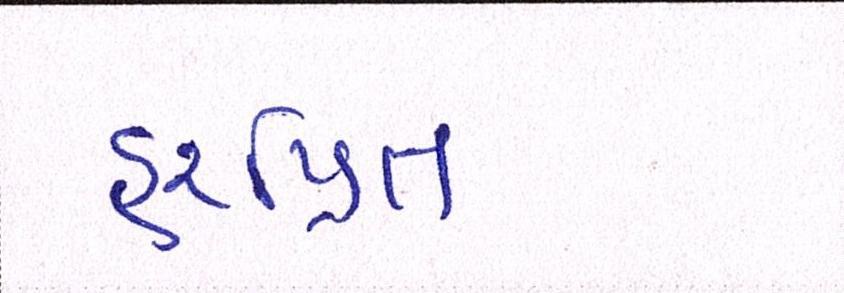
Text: હરપ્રિત